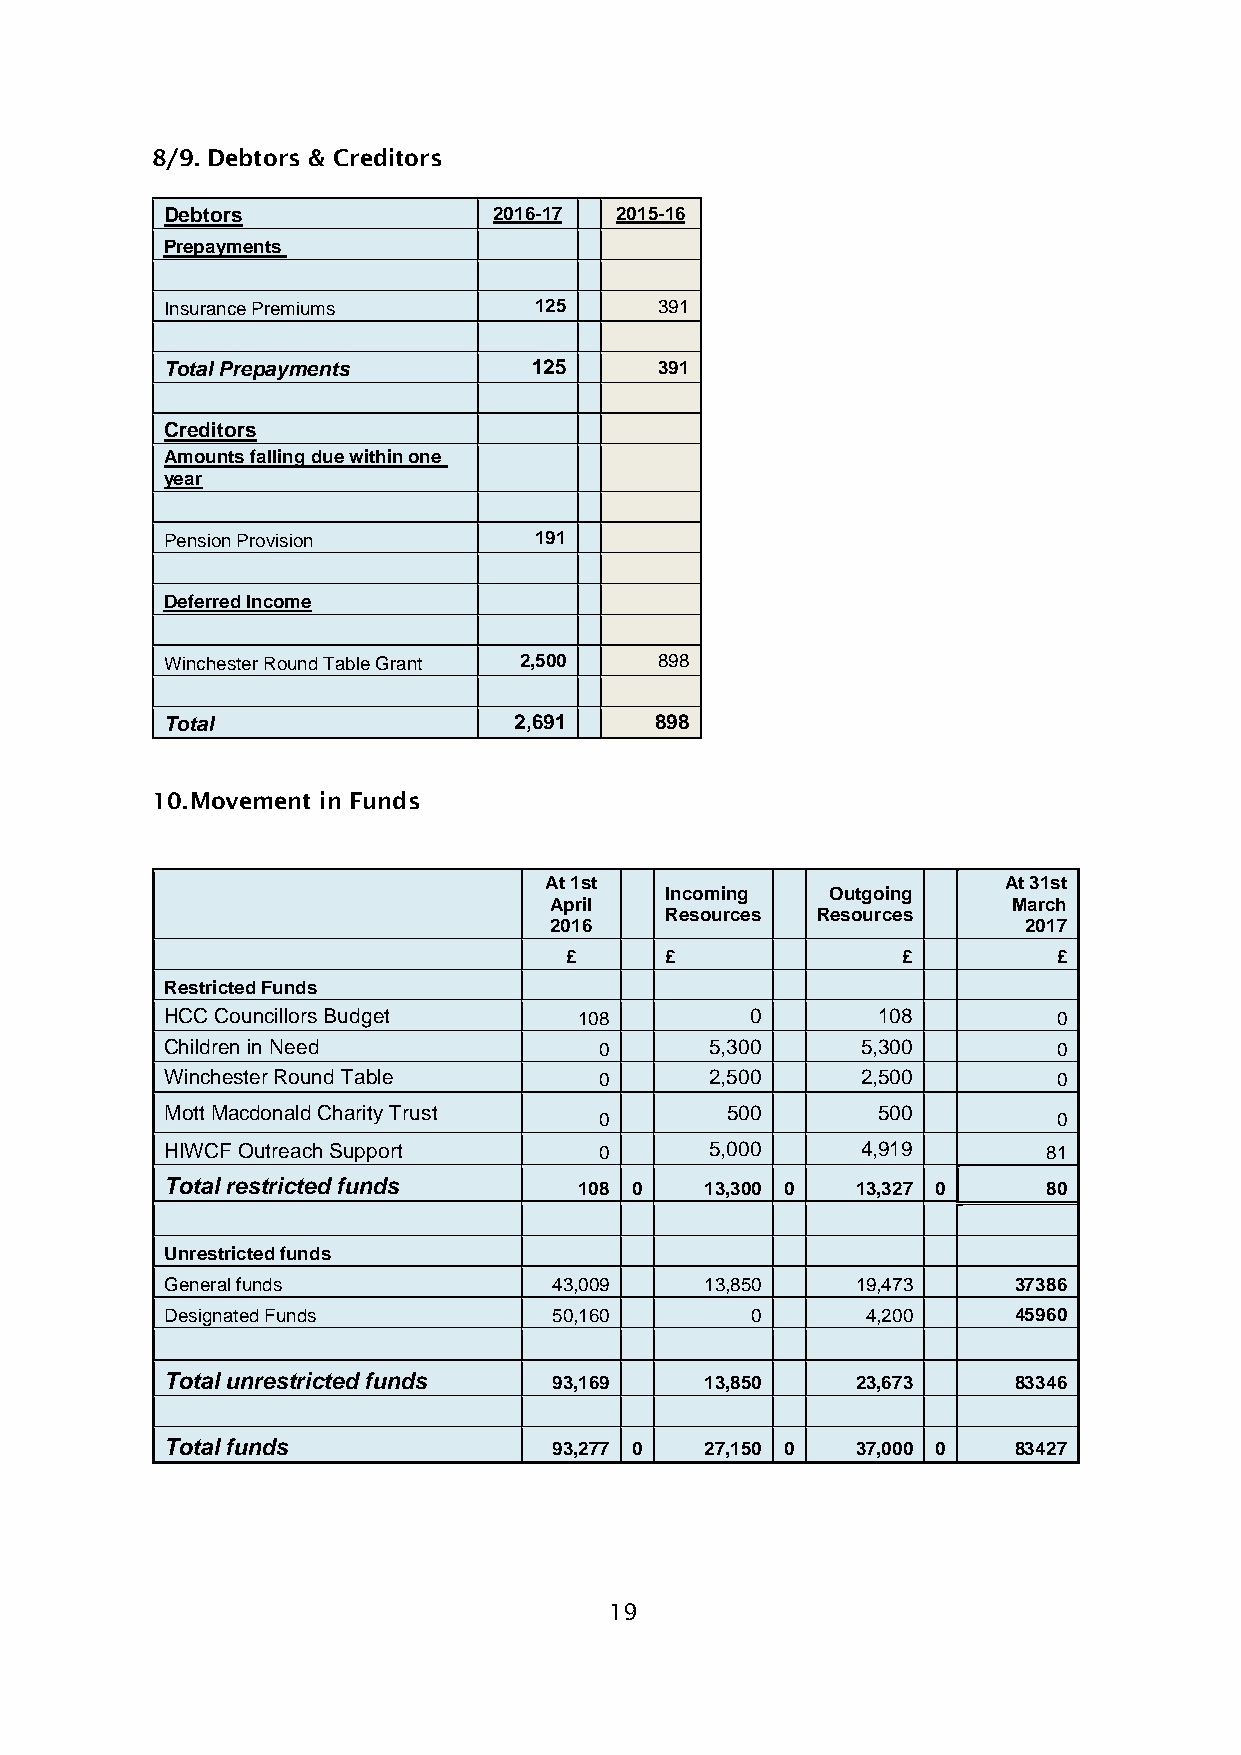
8/9. Debtors & Creditors
 Debtors               2016-17 2015-16
 Prepayments
 Insurance Premium s     125      391
 Total Prepayme nts      125      391
 Creditors
 Amounts falling due within one
 year
 Pension Provision       191
 Deferred Income
 Winchester Round Table Grant 2,500 898
 Total                  2,691    898
 10. Movement in Funds
 At 1st                         At 31st
 Incoming   Outgoing
 April                          March
 Resources Resources
 2016                            2017
 £      £               £         £
 Restricted Funds
 HCC Councillors Budget     108         0       108         0
 Children in Need             0      5,300     5,300        0
 Winchester Round Table       0      2,500     2,500        0
 Mott Macdonald Charity Trust         500       500
 0                             0
 HIWCF Outreach Support       0      5,000     4,919       81
 Total restricted funds     108 0    13,300 0  13,327 0    80
 Unrestricted funds
 General funds             43,009    13,850    19,473    37386
 Designated Funds          50,160       0      4,200     45960
 Total unrestricted funds  93,169    13,850    23,673    83346
 Total funds               93,277 0  27,150 0  37,000 0  83427
 19